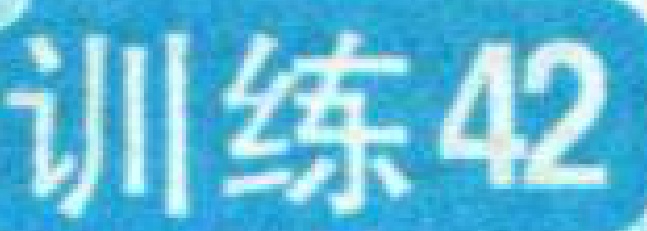
训练42